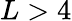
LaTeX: L>4